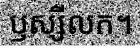
ឫស្សីលក។